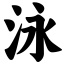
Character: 泳